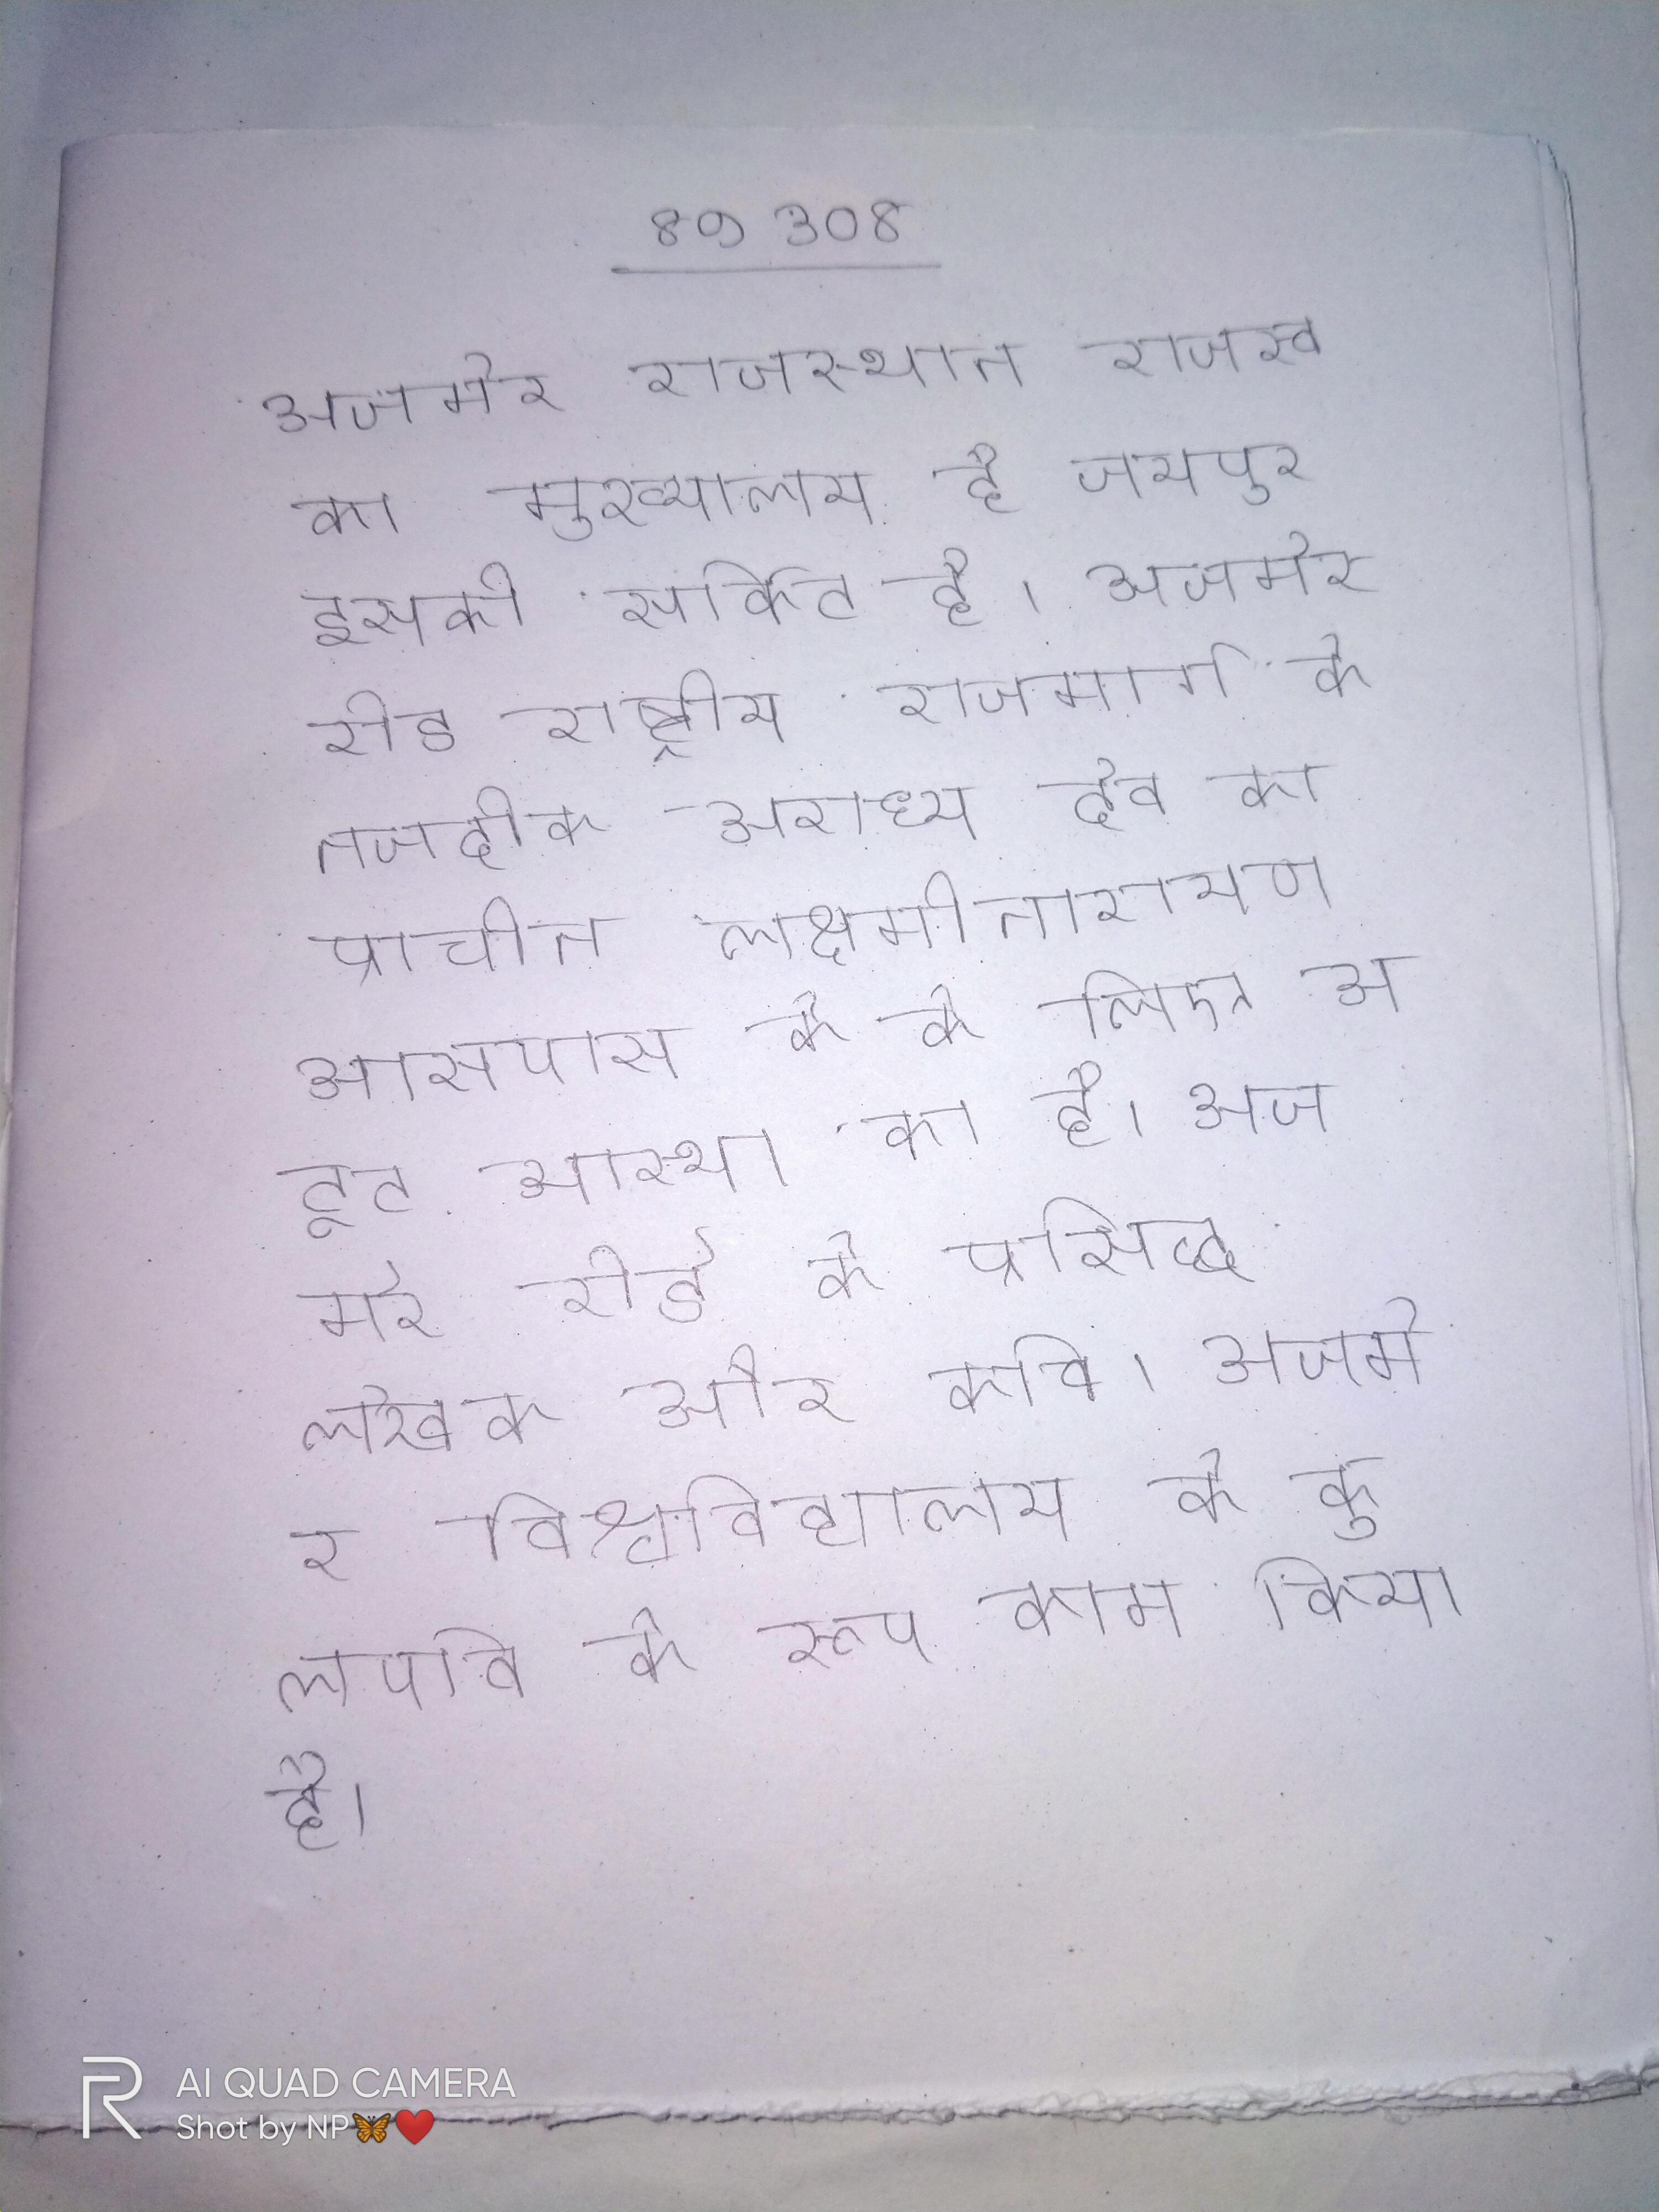
अजमेर राजस्थान राजस्व का मुख्यालय है, जयपुर इसकी सर्किट है । अजमेर रोड राष्ट्रीय राजमार्ग के नजदीक अराध्य देव का प्राचीन लक्ष्मीनारायण आसपास के के लिए अटूट आस्था का है । अजमेर रोडे के प्रसिद्ध लेखक और कवि । अजमेर विश्वविद्यालय के कुलपति के रूप काम किया है ।